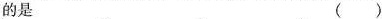
的是（）